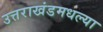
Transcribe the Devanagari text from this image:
उत्तराखंडमधल्या